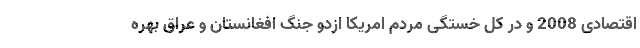
اقتصادی 2008 و در کل خستگی مردم امریکا ازدو جنگ افغانستان و عراق بهره